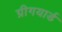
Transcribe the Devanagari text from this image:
ग्रीगयार्ड